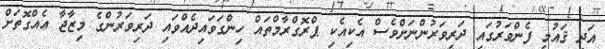
އަދި ޤައުމީ ފެންވަރުގައި ދަރިވަރުންނަށްވެސް އެކިއެކި ޕްރޮގްރާމްތައް ހިންގަވައިދެއްވައި ދަރިވަރުންގެ މިޒާޖާ އެއްގޮތަށް